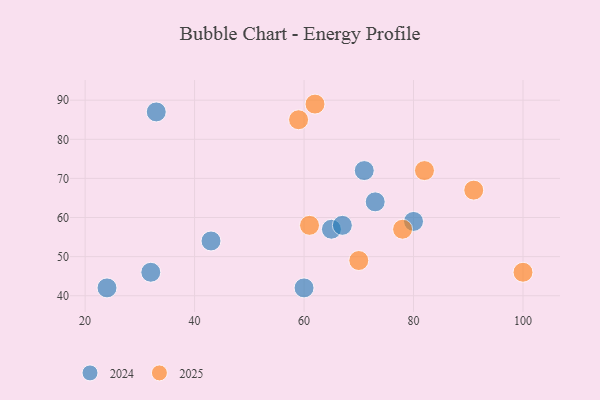
{"axis": {"x": "GDP", "y": "Life Expectancy"}, "legend": ["2024", "2025"], "data": [{"x": "62", "y": 89, "type": "2025"}, {"x": "82", "y": 72, "type": "2025"}, {"x": "61", "y": 58, "type": "2025"}, {"x": "100", "y": 46, "type": "2025"}, {"x": "91", "y": 67, "type": "2025"}, {"x": "70", "y": 49, "type": "2025"}, {"x": "78", "y": 57, "type": "2025"}, {"x": "59", "y": 85, "type": "2025"}, {"x": "73", "y": 64, "type": "2024"}, {"x": "65", "y": 57, "type": "2024"}, {"x": "32", "y": 46, "type": "2024"}, {"x": "43", "y": 54, "type": "2024"}, {"x": "24", "y": 42, "type": "2024"}, {"x": "60", "y": 42, "type": "2024"}, {"x": "33", "y": 87, "type": "2024"}, {"x": "71", "y": 72, "type": "2024"}, {"x": "80", "y": 59, "type": "2024"}, {"x": "67", "y": 58, "type": "2024"}]}